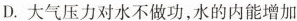
D.大气压力对水不做功，水的内能增加